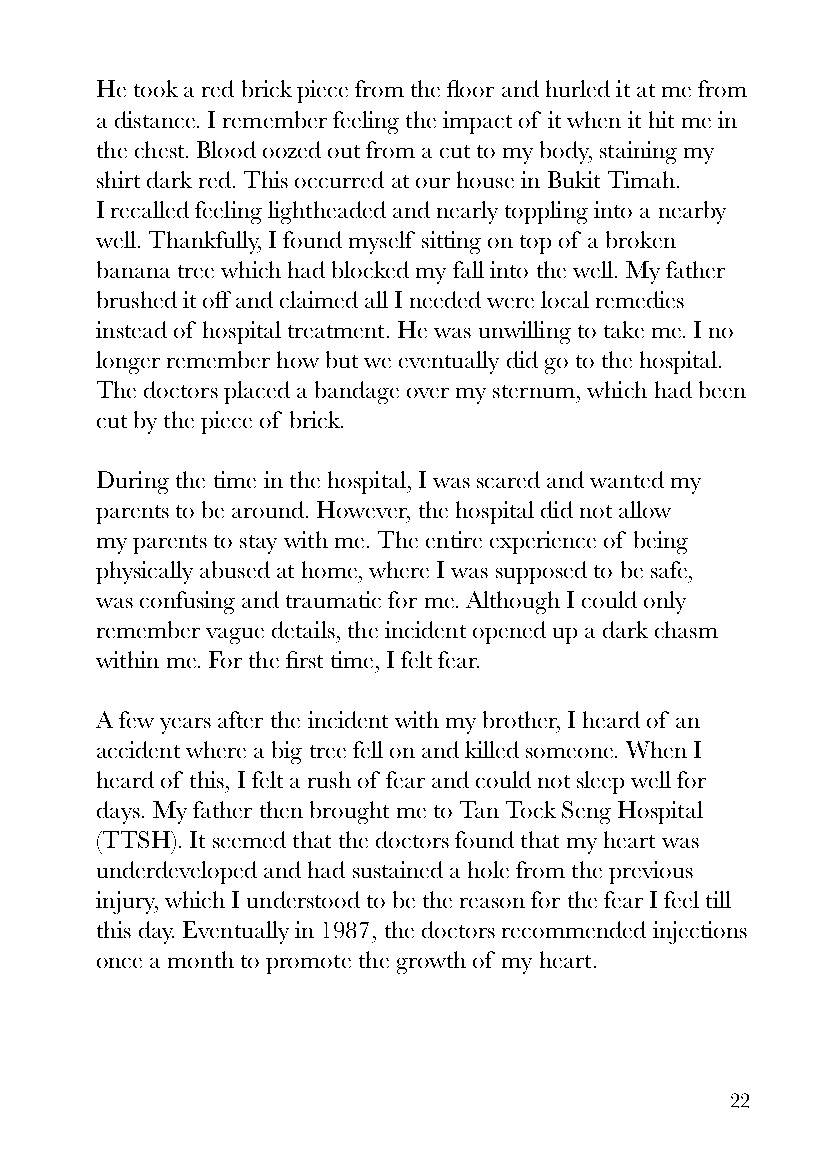
He took a red brick piece from the floor and hurled it at me from
 a distance. I remember feeling the impact of it when it hit me in
 the chest. Blood oozed out from a cut to my body, staining my
 shirt dark red. This occurred at our house in Bukit Timah.
 I recalled feeling lightheaded and nearly toppling into a nearby
 well. Thankfully, I found myself sitting on top of a broken
 banana tree which had blocked my fall into the well. My father
 brushed it off and claimed all I needed were local remedies
 instead of hospital treatment. He was unwilling to take me. I no
 longer remember how but we eventually did go to the hospital.
 The doctors placed a bandage over my sternum, which had been
 cut by the piece of brick.
 During the time in the hospital, I was scared and wanted my
 parents to be around. However, the hospital did not allow
 my parents to stay with me. The entire experience of being
 physically abused at home, where I was supposed to be safe,
 was confusing and traumatic for me. Although I could only
 remember vague details, the incident opened up a dark chasm
 within me. For the first time, I felt fear.
 A few years after the incident with my brother, I heard of an
 accident where a big tree fell on and killed someone. When I
 heard of this, I felt a rush of fear and could not sleep well for
 days. My father then brought me to Tan Tock Seng Hospital
 (TTSH). It seemed that the doctors found that my heart was
 underdeveloped and had sustained a hole from the previous
 injury, which I understood to be the reason for the fear I feel till
 this day. Eventually in 1987, the doctors recommended injections
 once a month to promote the growth of my heart.
 22